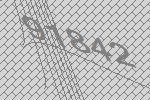
91842